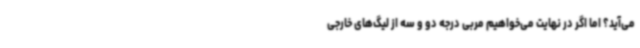
می‌آید؟ اما اگر در نهایت می‌خواهیم مربی درجه دو و سه از لیگ‌های خارجی